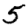
Digit: 5